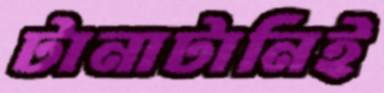
টানাটানিই